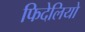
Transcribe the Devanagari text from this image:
फिदेलियो